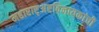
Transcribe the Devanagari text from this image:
महाराष्ट्अष्टविनायकांची